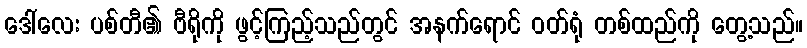
ဒေါ်လေး ပစ်တီ၏ ဗီရိုကို ဖွင့်ကြည့်သည်တွင် အနက်ရောင် ဝတ်ရုံ တစ်ထည်ကို တွေ့သည်။